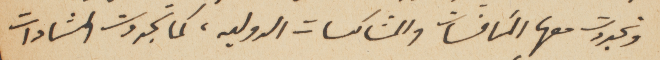
وتجددت معها المنافسات والمشاكسات الدوليه، كما تجددت المشادات